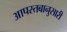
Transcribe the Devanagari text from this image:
आपस्तबानुसारी